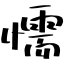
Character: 懦